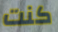
كنت